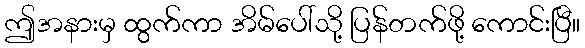
ဤအနားမှ ထွက်ကာ အိမ်ပေါ်သို့ ပြန်တက်ဖို့ ကောင်းပြီ။